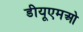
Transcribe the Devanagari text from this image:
डीयूएमओ